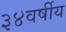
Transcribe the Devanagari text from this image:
३४वर्षीय